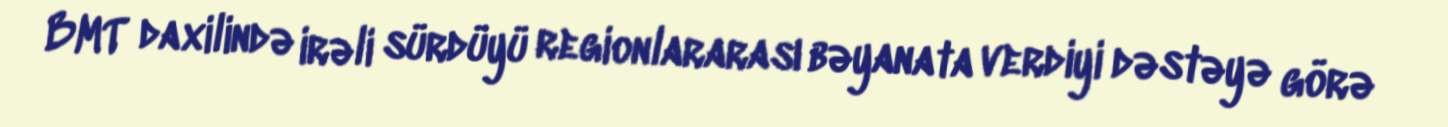
BMT daxilində irəli sürdüyü regionlararası bəyanata verdiyi dəstəyə görə